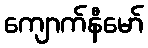
ကျောက်နီမော်